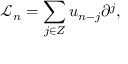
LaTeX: { \mathcal L } _ { n } = \sum _ { j \in Z } u _ { n - j } \partial ^ { j } ,